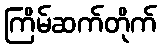
ကြိမ်ဆက်တိုက်